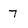
Character: 7